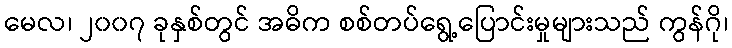
မေလ၊ ၂၀၀၇ ခုနှစ်တွင် အဓိက စစ်တပ်ရွေ့ပြောင်းမှုများသည် ကွန်ဂို၊